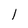
Character: l